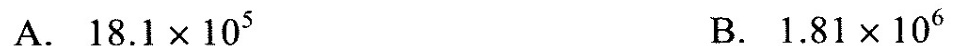
A.$$1 8 . 1 × 1 0 ^ { 5 }$$ B.$$1 . 8 1 × 1 0 ^ { 6 }$$